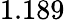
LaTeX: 1.189